Report on plague and inoculation in the Punjab from October 1st ... to September 30th..., being the ... season of plague in the province
Disease focus: Plague
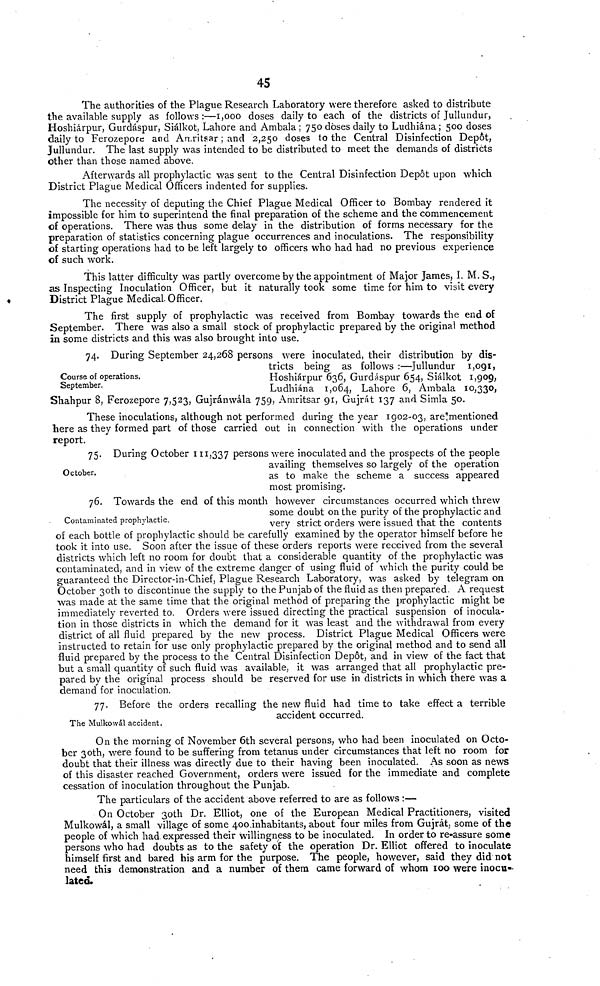
45
The authorities of the Plague Research Laboratory were therefore asked to distribute
the available supply as follows:—1,000 doses daily to each of the districts of Jullundur,
Hoshiárpur, Gurdáspur, Siálkot, Lahore and Ambala ; 750 doses daily to Ludhiána ; 500 doses
daily to Ferozepore and Amritsar ; and 2,250 closes to the Central Disinfection Depôt,
Jullundur. The last supply was intended to be distributed to meet the demands of districts
other than those named above.
Afterwards all prophylactic was sent to the Central Disinfection Depôt upon which
District Plague Medical Officers indented for supplies.
The necessity of deputing the Chief Plague Medical Officer to Bombay rendered it
impossible for him to superintend the final preparation of the scheme and the commencement
of operations. There was thus some delay in the distribution of forms necessary for the
preparation of statistics concerning plague occurrences and inoculations. The responsibility
of starting operations had to be left largely to officers who had had no previous experience
of such work.
This latter difficulty was partly overcome by the appointment of Major James, I. M. S.,
as Inspecting Inoculation Officer, but it naturally took some time for him to visit every
District Plague Medical Officer.
The first supply of prophylactic was received from Bombay towards the end of
September. There was also a small stock of prophylactic prepared by the original method
in some districts and this was also brought into use.
Course of operations.
September.
74. During September 24,268 persons were inoculated, their distribution by dis-
tricts being as follows :—Jullundur 1,091,
Hoshiárpur 636, Gurdáspur 654, Siálkot 1,909,
Ludhiána 1,064, Lahore 6, Ambala 10,330,
Shahpur 8, Ferozepore 7,523, Gujranwala 759, Amritsar 91, Gujrát 137 and Simla 50.
These inoculations, although not performed during the year 1902-03, are" mentioned
here as they formed part of those carried out in connection with the operations under
report.
October.
75. During October 111,337 persons were inoculated and the prospects of the people
availing themselves so largely of the operation
as to make the scheme a success appeared
most promising.
Contaminated prophylactic.
76. Towards the end of this month however circumstances occurred which threw
some doubt on the purity of the prophylactic and
very strict orders were issued that the contents
of each bottle of prophylactic should be carefully examined by the operator himself before he
took it into use. Soon after the issue of these orders reports were received from the several
districts which left no room for doubt that a considerable quantity of the prophylactic was
contaminated, and in view of the extreme danger of using fluid of which the purity could be
guaranteed the Director-in-Chief, Plague Research Laboratory, was asked by telegram on
October 30th to discontinue the supply to the Punjab of the fluid as then prepared. A request
was made at the same time that the original method of preparing the prophylactic might be
immediately reverted to. Orders were issued directing the practical suspension of inocula-
tion in those districts in which the demand for it was least and the withdrawal from every
district of all fluid prepared by the new process. District Plague Medical Officers were
instructed to retain for use only prophylactic prepared by the original method and to send all
fluid prepared by the process to the Central Disinfection Depot, and in view of the fact that
but a small quantity of such fluid was available, it was arranged that all prophylactic pre-
pared by the original process should be reserved for use in districts in which there was a
demand for inoculation.
The Mulkowál accident.
77. Before the orders recalling the new fluid had time to take effect a terrible
accident occurred.
On the morning of November 6th several persons, who had been inoculated on Octo-
ber 30th, were found to be suffering from tetanus under circumstances that left no room for
doubt that their illness was directly due to their having been inoculated. As soon as news
of this disaster reached Government, orders were issued for the immediate and complete
cessation of inoculation throughout the Punjab.
The particulars of the accident above referred to are as follows :—
On October 30th Dr. Elliot, one of the European Medical Practitioners, visited
Mulkowál, a small village of some 400 inhabitants, about four miles from Gujrát, some of the
people of which had expressed their willingness to be inoculated. In order to re-assure some
persons who had doubts as to the safety of the operation Dr. Elliot offered to inoculate
himself first and bared his arm for the purpose. The people, however, said they did not
need this demonstration and a number of them came forward of whom 100 were inocu-
lated.